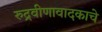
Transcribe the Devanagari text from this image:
रुद्रवीणावादकाचे